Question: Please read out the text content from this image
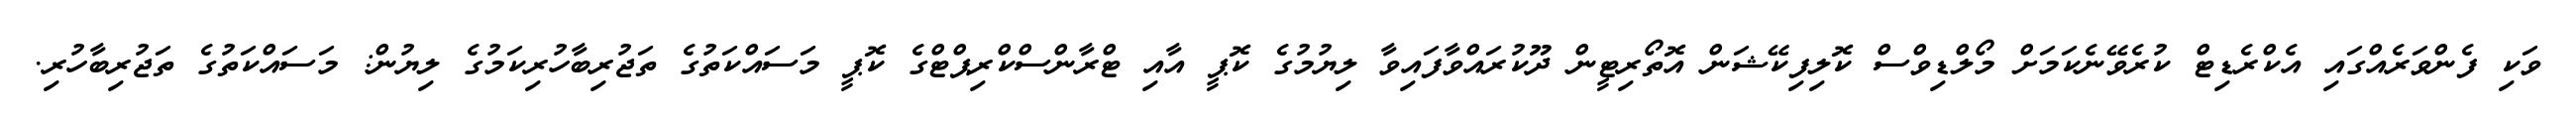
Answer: ވަކި ފެންވަރެއްގައި އެކްރެޑިޓް ކުރެވޭނެކަމަށް މޯލްޑިވްސް ކޮލިފިކޭޝަން އޮތޯރިޓީން ދޫކުރައްވާފައިވާ ލިޔުމުގެ ކޮޕީ އާއި ޓްރާންސްކްރިޕްޓްގެ ކޮޕީ މަސައްކަތުގެ ތަޖުރިބާހުރިކަމުގެ ލިޔުން: މަސައްކަތުގެ ތަޖުރިބާހުރި.